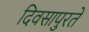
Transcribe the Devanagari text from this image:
दिवसापुरते